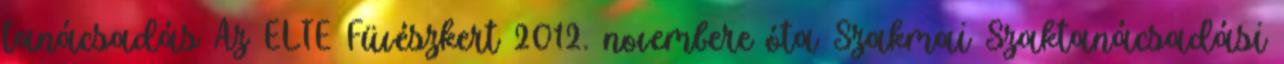
tanácsadás Az ELTE Füvészkert 2012. novembere óta Szakmai Szaktanácsadási